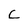
Character: C